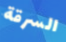
السرقة